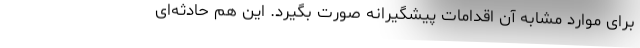
برای موارد مشابه آن اقدامات پیشگیرانه صورت بگیرد. این هم حادثه‌ای